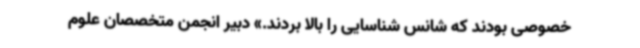
خصوصی بودند که شانس شناسایی را بالا بردند.» دبیر انجمن متخصصان علوم